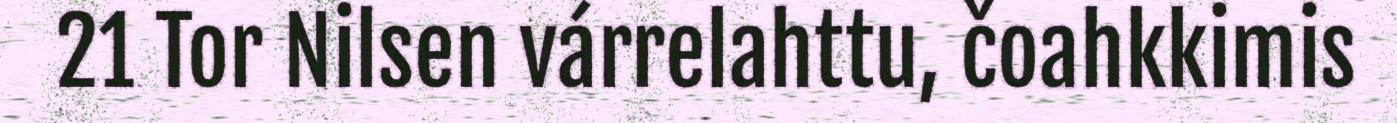
21 Tor Nilsen várrelahttu, čoahkkimis